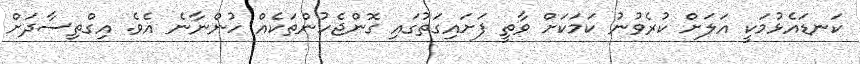
ކަނޑައެޅުމަކީ އަލަށް ކުރެވުނު ކަމަކަށް ވާތީ ފަށައިގަތުުގައި ގޮންޖެހުންތަކެއް ހުންނާނެ އެވެ. އިގްތިސާދަށް